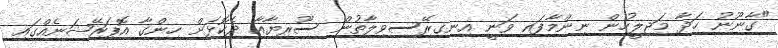
"ގާނޫނު ހަދާ މަޖިލީހުން ނިންމާފައި ވަނީ އިނގިރޭސިވިލާތުން ސޫރިޔާއާ ދެކޮޅަށް ހިންގާ އޮޕަރޭޝަނެއްގައި